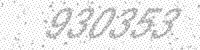
Solution: 930353